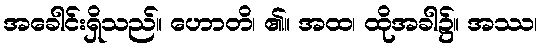
အခေါင်းရှိသည်။ ဟောတိ၊ ၏။ အထ၊ ထိုအခါ၌။ အဿ၊